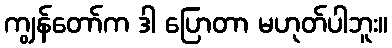
ကျွန်တော်က ဒါ ပြောတာ မဟုတ်ပါဘူး။